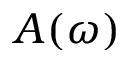
A ( \omega )